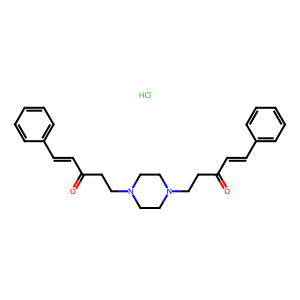
SMILES: Cl.O=C(C=Cc1ccccc1)CCN1CCN(CCC(=O)C=Cc2ccccc2)CC1
Inhibits HIV replication: No